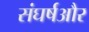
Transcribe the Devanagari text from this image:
संघर्षऔर